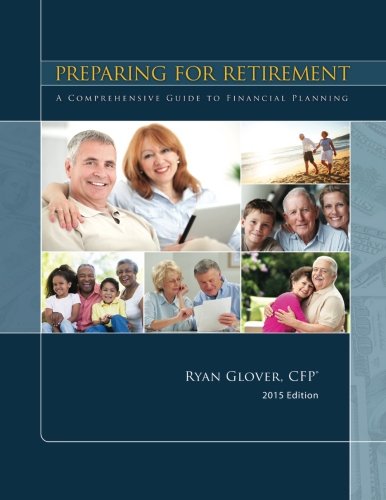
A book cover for Preparing for Retirement: A Comprehensive Guide to Financial Planning; Ryan Glover CFP; Education & Teaching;